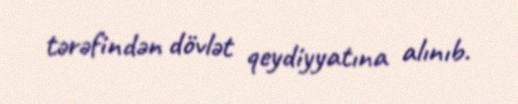
tərəfindən dövlət qeydiyyatına alınıb.